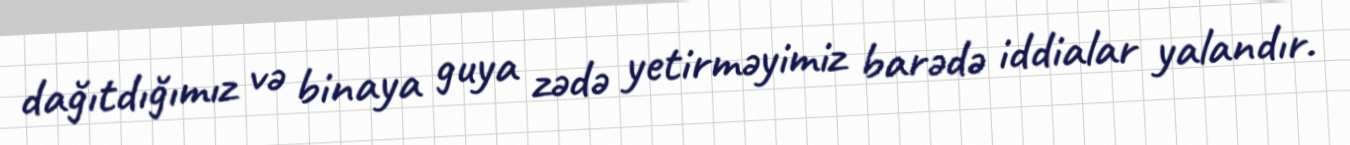
dağıtdığımız və binaya guya zədə yetirməyimiz barədə iddialar yalandır.